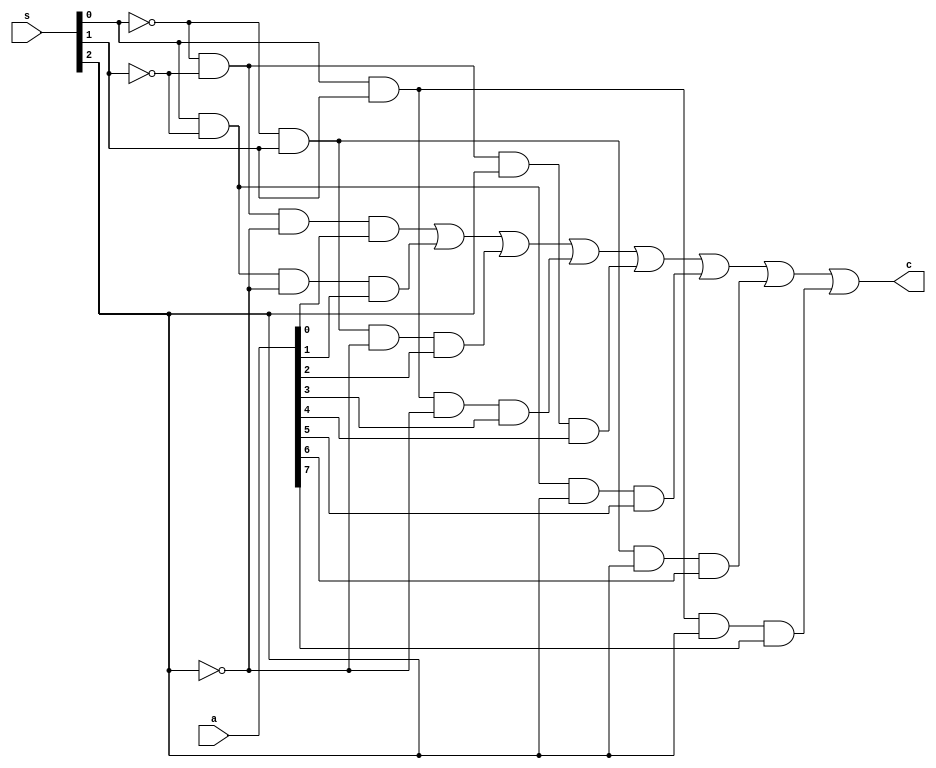
module mux81structural(a,s,c);
  input[7:0] a;
  input[2:0] s;
  output c;
  wire a0,a1,a2,a3,a4,a5,a6,a7,s0_,s1_,s2_;
  
  not(s0_,s[0]);
  not(s1_,s[1]);
  not(s2_,s[2]);
  
  and(a0, s0_,  s1_,  s2_,  a[0]);
  and(a1, s[0], s1_,  s2_,  a[1]);
  and(a2, s0_,  s[1], s2_,  a[2]);
  and(a3, s[0], s[1], s2_,  a[3]);
  and(a4, s0_,  s1_,  s[2], a[4]);
  and(a5, s[0], s1_,  s[2], a[5]);
  and(a6, s0_,  s[1], s[2], a[6]);
  and(a7, s[0], s[1], s[2], a[7]);
  
  or(c,a0,a1,a2,a3,a4,a5,a6,a7);


endmodule